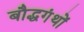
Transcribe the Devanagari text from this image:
बौद्धगंथों